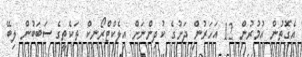
އެގޮތުން އުމުރުން 12 އަހަރުން ދަށުގެ ކުދިންނަށް އިލެކްޓްރޯނިކް ތަކެތީގެ ސަބަބުން ލިބޭ